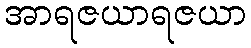
အာရဇယာရဇယာ